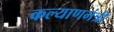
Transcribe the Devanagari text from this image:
कल्याणमंत्री